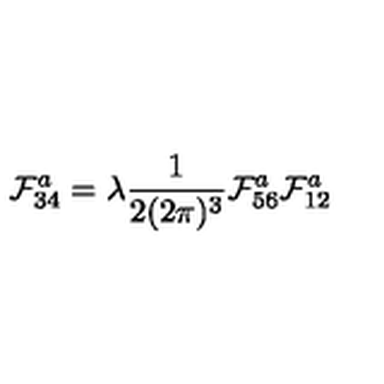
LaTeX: \mathcal { F } _ { 3 4 } ^ { a } = \lambda \frac { 1 } { 2 ( 2 \pi ) ^ { 3 } } \mathcal { F } _ { 5 6 } ^ { a } \mathcal { F } _ { 1 2 } ^ { a }